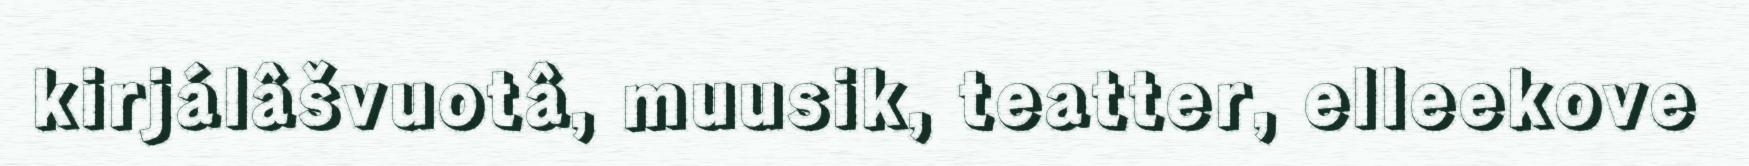
kirjálâšvuotâ, muusik, teatter, elleekove